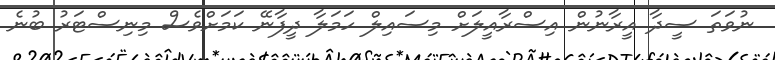
ނުވަތަ ސީދާ އީރާނުން އިސްރާއީލަށް މިސައިލް ހަމަލާ ދީފާނޭ ކަމަށްވެސް މިނިސްޓަރު ބުނެ